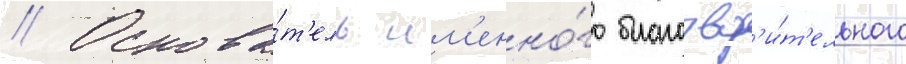
// Основа́т'ель им'енно́го благотвор'и́т'ельного